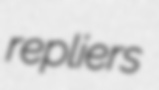
repliers